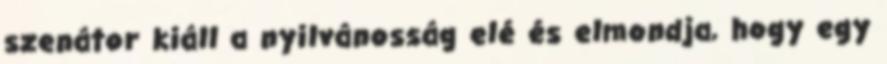
szenátor kiáll a nyilvánosság elé és elmondja, hogy egy